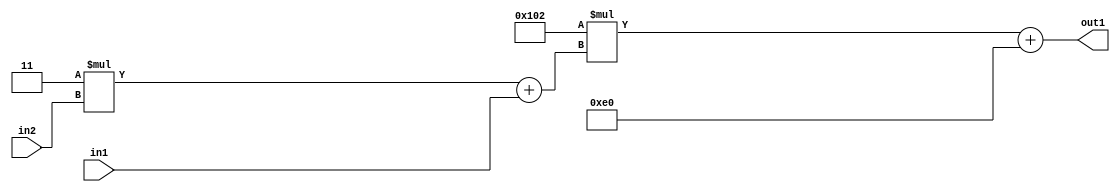
`timescale 1ps / 1ps
/*****************************************************************************
    Verilog RTL Description
    
    
    Created by: Stratus DpOpt 2019.1.01 
*******************************************************************************/

module DC_Filter_Add2i224Mul2i258Add2u1Mul2i3u2_1 (
	in2,
	in1,
	out1
	); /* architecture "behavioural" */ 
input [1:0] in2;
input  in1;
output [11:0] out1;
wire [11:0] asc001;
wire [3:0] asc002;

wire [3:0] asc002_tmp_0;
assign asc002_tmp_0 = 
	+(4'B0011 * in2);
assign asc002 = asc002_tmp_0
	+(in1);

wire [11:0] asc001_tmp_1;
assign asc001_tmp_1 = 
	+(12'B000100000010 * asc002);
assign asc001 = asc001_tmp_1
	+(12'B000011100000);

assign out1 = asc001;
endmodule

/* CADENCE  v7X0TAw= : u9/ySgnWtBlWxVPRXgAZ4Og= ** DO NOT EDIT THIS LINE ******/